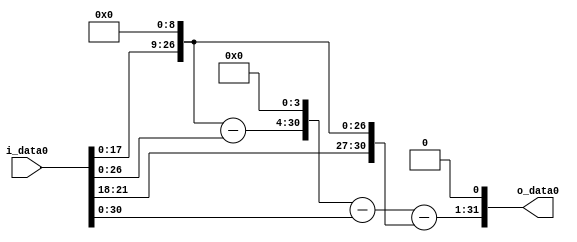
module multiplier_block (
    i_data0,
    o_data0
);

  // Port mode declarations:
  input   [31:0] i_data0;
  output  [31:0]
    o_data0;

  //Multipliers:

  wire [31:0]
    w1,
    w512,
    w511,
    w8176,
    w8175,
    w7663,
    w15326;

  assign w1 = i_data0;
  assign w15326 = w7663 << 1;
  assign w511 = w512 - w1;
  assign w512 = w1 << 9;
  assign w7663 = w8175 - w512;
  assign w8175 = w8176 - w1;
  assign w8176 = w511 << 4;

  assign o_data0 = w15326;

  //multiplier_block area estimate = 5006.23186995147;
endmodule